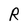
Character: R